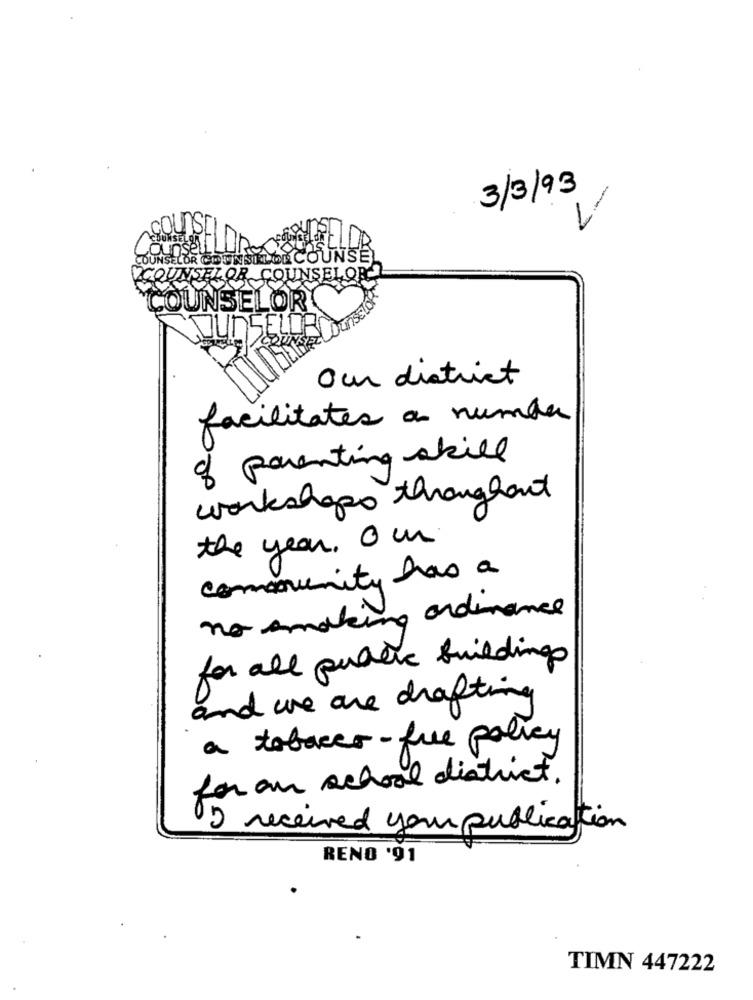
3/3/93
-
DUNSELOR COUNSELORCOUNSEL
COUNSELOR COUNSELOR
UNSELOR
GFL
our district
facilitates a number
of parenting skill
workshops throughout
the year. o un
community has a
no smoking ordinance
for all public buildings
and we are drafting
a tobacco-free policy
for an school district.
I received your publication
RENO '91
TIMN 447222